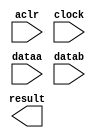
// megafunction wizard: %LPM_ADD_SUB%VBB%
// GENERATION: STANDARD
// VERSION: WM1.0
// MODULE: LPM_ADD_SUB 

// ============================================================
// Megafunction Name(s):
// 			LPM_ADD_SUB
//
// Simulation Library Files(s):
// 			lpm
// ============================================================
// ************************************************************
// THIS IS A WIZARD-GENERATED FILE. DO NOT EDIT THIS FILE!
//
// 18.1.0 Build 625 09/12/2018 SJ Lite Edition
// ************************************************************

//Copyright (C) 2018  Intel Corporation. All rights reserved.
//Your use of Intel Corporation's design tools, logic functions 
//and other software and tools, and its AMPP partner logic 
//functions, and any output files from any of the foregoing 
//(including device programming or simulation files), and any 
//associated documentation or information are expressly subject 
//to the terms and conditions of the Intel Program License 
//Subscription Agreement, the Intel Quartus Prime License Agreement,
//the Intel FPGA IP License Agreement, or other applicable license
//agreement, including, without limitation, that your use is for
//the sole purpose of programming logic devices manufactured by
//Intel and sold by Intel or its authorized distributors.  Please
//refer to the applicable agreement for further details.

module adder (
	aclr,
	clock,
	dataa,
	datab,
	result);

	input	  aclr;
	input	  clock;
	input	[15:0]  dataa;
	input	[15:0]  datab;
	output	[15:0]  result;

endmodule

// ============================================================
// CNX file retrieval info
// ============================================================
// Retrieval info: PRIVATE: CarryIn NUMERIC "0"
// Retrieval info: PRIVATE: CarryOut NUMERIC "0"
// Retrieval info: PRIVATE: ConstantA NUMERIC "0"
// Retrieval info: PRIVATE: ConstantB NUMERIC "0"
// Retrieval info: PRIVATE: Function NUMERIC "0"
// Retrieval info: PRIVATE: INTENDED_DEVICE_FAMILY STRING "Cyclone V"
// Retrieval info: PRIVATE: LPM_PIPELINE NUMERIC "2"
// Retrieval info: PRIVATE: Latency NUMERIC "1"
// Retrieval info: PRIVATE: Overflow NUMERIC "0"
// Retrieval info: PRIVATE: RadixA NUMERIC "10"
// Retrieval info: PRIVATE: RadixB NUMERIC "10"
// Retrieval info: PRIVATE: Representation NUMERIC "0"
// Retrieval info: PRIVATE: SYNTH_WRAPPER_GEN_POSTFIX STRING "0"
// Retrieval info: PRIVATE: ValidCtA NUMERIC "0"
// Retrieval info: PRIVATE: ValidCtB NUMERIC "0"
// Retrieval info: PRIVATE: WhichConstant NUMERIC "0"
// Retrieval info: PRIVATE: aclr NUMERIC "1"
// Retrieval info: PRIVATE: clken NUMERIC "0"
// Retrieval info: PRIVATE: nBit NUMERIC "16"
// Retrieval info: PRIVATE: new_diagram STRING "1"
// Retrieval info: LIBRARY: lpm lpm.lpm_components.all
// Retrieval info: CONSTANT: LPM_DIRECTION STRING "ADD"
// Retrieval info: CONSTANT: LPM_HINT STRING "ONE_INPUT_IS_CONSTANT=NO,CIN_USED=NO"
// Retrieval info: CONSTANT: LPM_PIPELINE NUMERIC "2"
// Retrieval info: CONSTANT: LPM_REPRESENTATION STRING "SIGNED"
// Retrieval info: CONSTANT: LPM_TYPE STRING "LPM_ADD_SUB"
// Retrieval info: CONSTANT: LPM_WIDTH NUMERIC "16"
// Retrieval info: USED_PORT: aclr 0 0 0 0 INPUT NODEFVAL "aclr"
// Retrieval info: USED_PORT: clock 0 0 0 0 INPUT NODEFVAL "clock"
// Retrieval info: USED_PORT: dataa 0 0 16 0 INPUT NODEFVAL "dataa[15..0]"
// Retrieval info: USED_PORT: datab 0 0 16 0 INPUT NODEFVAL "datab[15..0]"
// Retrieval info: USED_PORT: result 0 0 16 0 OUTPUT NODEFVAL "result[15..0]"
// Retrieval info: CONNECT: @aclr 0 0 0 0 aclr 0 0 0 0
// Retrieval info: CONNECT: @clock 0 0 0 0 clock 0 0 0 0
// Retrieval info: CONNECT: @dataa 0 0 16 0 dataa 0 0 16 0
// Retrieval info: CONNECT: @datab 0 0 16 0 datab 0 0 16 0
// Retrieval info: CONNECT: result 0 0 16 0 @result 0 0 16 0
// Retrieval info: GEN_FILE: TYPE_NORMAL adder.v TRUE
// Retrieval info: GEN_FILE: TYPE_NORMAL adder.inc FALSE
// Retrieval info: GEN_FILE: TYPE_NORMAL adder.cmp FALSE
// Retrieval info: GEN_FILE: TYPE_NORMAL adder.bsf FALSE
// Retrieval info: GEN_FILE: TYPE_NORMAL adder_inst.v FALSE
// Retrieval info: GEN_FILE: TYPE_NORMAL adder_bb.v TRUE
// Retrieval info: LIB_FILE: lpm